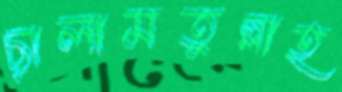
ছালামতুল্লাহ